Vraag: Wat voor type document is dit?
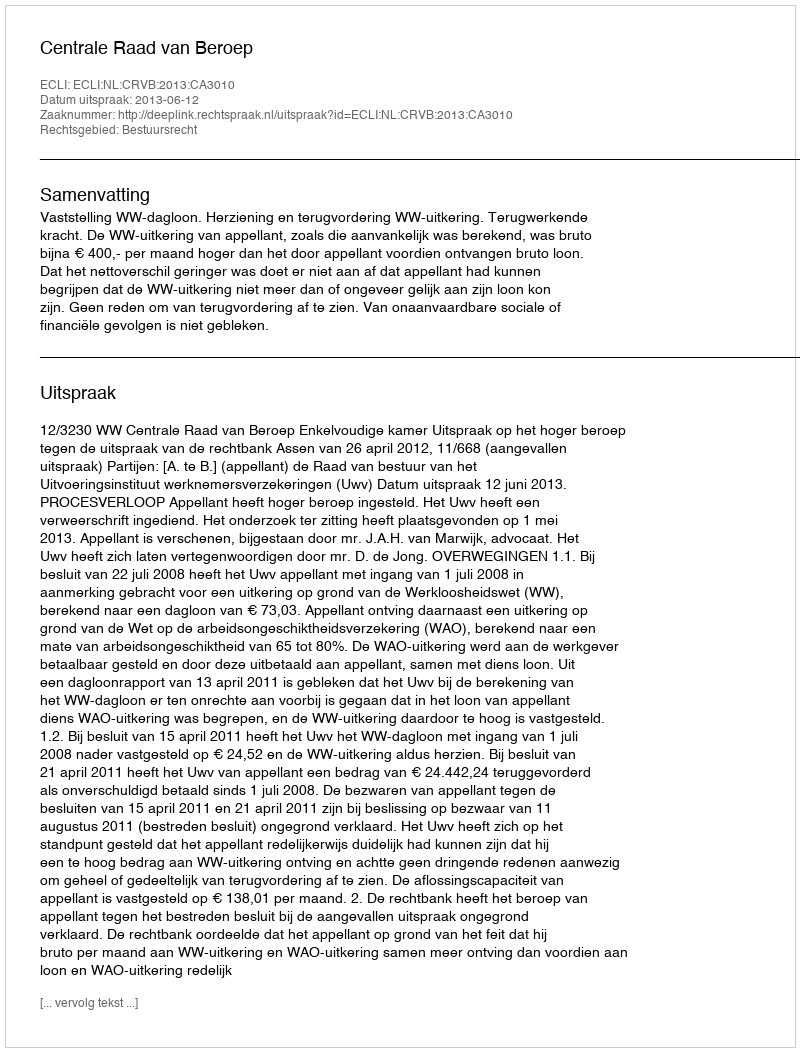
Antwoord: Uitspraak